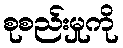
စုစည်းမှုကို